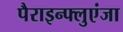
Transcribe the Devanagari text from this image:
पैराइन्फ्लुएंजा